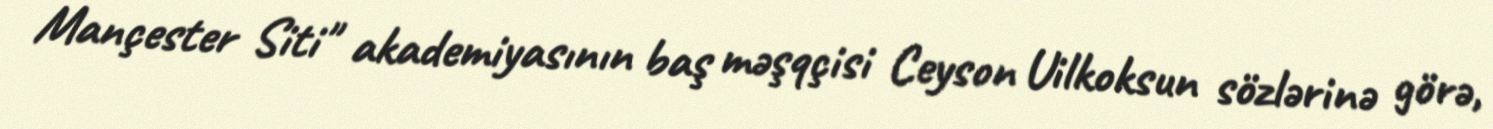
Mançester Siti" akademiyasının baş məşqçisi Ceyson Uilkoksun sözlərinə görə,